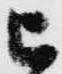
被